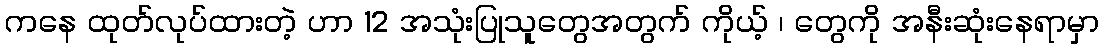
ကနေ ထုတ်လုပ်ထားတဲ့ ဟာ 12 အသုံးပြုသူတွေအတွက် ကိုယ့် ၊ တွေကို အနီးဆုံးနေရာမှာ